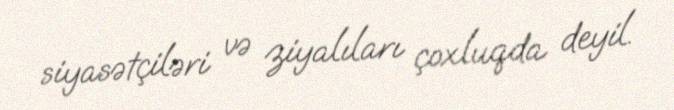
siyasətçiləri və ziyalıları çoxluqda deyil.